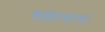
જણાવાના